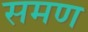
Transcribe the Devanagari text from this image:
समण